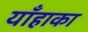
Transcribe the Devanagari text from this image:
याँहाका